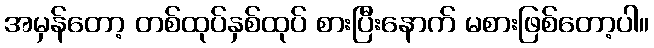
အမှန်တော့ တစ်ထုပ်နှစ်ထုပ် စားပြီးနောက် မစားဖြစ်တော့ပါ။